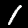
Label: 1